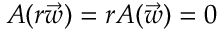
A ( r \vec { w } ) = r A ( \vec { w } ) = 0